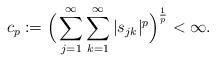
LaTeX: \begin{align*}c_{p}:=\Big(\sum_{j=1}^\infty\sum_{k=1}^\infty|s_{jk}|^{p}\Big)^{\frac{1}{p}}<\infty.\end{align*}